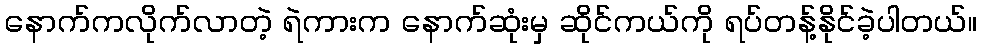
နောက်ကလိုက်လာတဲ့ ရဲကားက နောက်ဆုံးမှ ဆိုင်ကယ်ကို ရပ်တန့်နိုင်ခဲ့ပါတယ်။